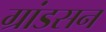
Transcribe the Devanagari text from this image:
ग्रांडसन